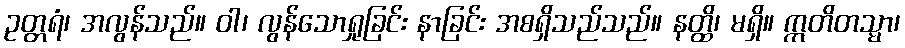
ဥတ္တရံ၊ အလွန်သည်။ ဝါ၊ လွန်သောရှုခြင်း နာခြင်း အစရှိသည်သည်။ နတ္ထိ၊ မရှိ။ ဣတိတသ္မာ၊